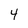
Character: 4